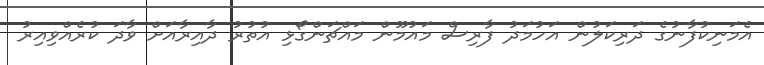
އެމަނިކުފާނުގެ ދަރިކަލުން އަހުމަދު ފާރިސް މައުމޫން މައްޗަންގޯޅި އުތުރު ދާއިރާއަށް ވާދަ ކުރެއްވިއިރު